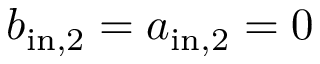
b _ { \mathrm { i n , 2 } } = a _ { \mathrm { i n , 2 } } = 0